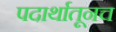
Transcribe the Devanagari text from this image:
पदार्थातूनच